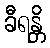
ခီရန္တိ